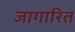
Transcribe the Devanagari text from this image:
जागारित